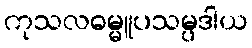
ကုသလဓမ္မူပသမ္ပဒါယ